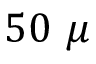
5 0 ~ \mu